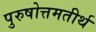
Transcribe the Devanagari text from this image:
पुरुषोत्तमतीर्थ